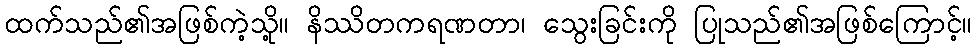
ထက်သည်၏အဖြစ်ကဲ့သို့။ နိဿိတကရဏတာ၊ သွေးခြင်းကို ပြုသည်၏အဖြစ်ကြောင့်။